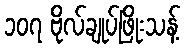
၁၀၇ ဗိုလ်ချုပ်ဖြိုးသန့်